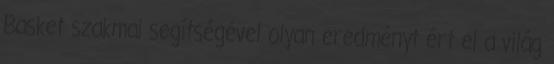
Basket szakmai segítségével olyan eredményt ért el a világ